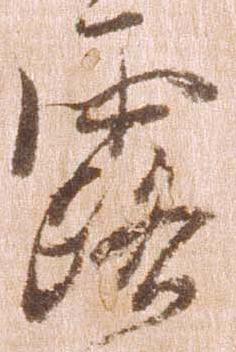
露